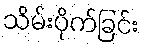
သိမ်းပိုက်ခြင်း